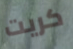
كريت